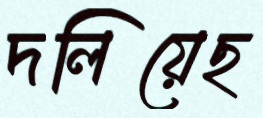
দলিয়েছ